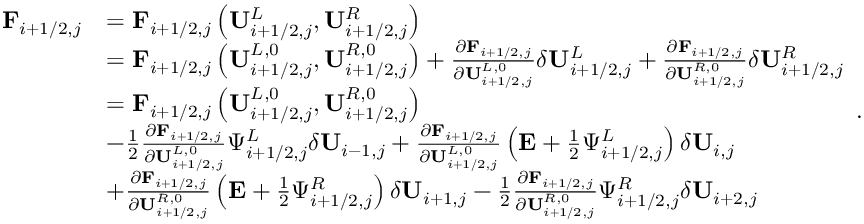
\begin{array} { r l } { \mathbf { F } _ { i + 1 / 2 , j } } & { = \mathbf { F } _ { i + 1 / 2 , j } \left( \mathbf { U } _ { i + 1 / 2 , j } ^ { L } , \mathbf { U } _ { i + 1 / 2 , j } ^ { R } \right) } \\ & { = \mathbf { F } _ { i + 1 / 2 , j } \left( \mathbf { U } _ { i + 1 / 2 , j } ^ { L , 0 } , \mathbf { U } _ { i + 1 / 2 , j } ^ { R , 0 } \right) + \frac { \partial \mathbf { F } _ { i + 1 / 2 , j } } { \partial \mathbf { U } _ { i + 1 / 2 , j } ^ { L , 0 } } \delta \mathbf { U } _ { i + 1 / 2 , j } ^ { L } + \frac { \partial \mathbf { F } _ { i + 1 / 2 , j } } { \partial \mathbf { U } _ { i + 1 / 2 , j } ^ { R , 0 } } \delta \mathbf { U } _ { i + 1 / 2 , j } ^ { R } } \\ & { = \mathbf { F } _ { i + 1 / 2 , j } \left( \mathbf { U } _ { i + 1 / 2 , j } ^ { L , 0 } , \mathbf { U } _ { i + 1 / 2 , j } ^ { R , 0 } \right) } \\ & { - \frac { 1 } { 2 } \frac { \partial \mathbf { F } _ { i + 1 / 2 , j } } { \partial \mathbf { U } _ { i + 1 / 2 , j } ^ { L , 0 } } \Psi _ { i + 1 / 2 , j } ^ { L } \delta \mathbf { U } _ { i - 1 , j } + \frac { \partial \mathbf { F } _ { i + 1 / 2 , j } } { \partial \mathbf { U } _ { i + 1 / 2 , j } ^ { L , 0 } } \left( \mathbf { E } + \frac { 1 } { 2 } \Psi _ { i + 1 / 2 , j } ^ { L } \right) \delta \mathbf { U } _ { i , j } } \\ & { + \frac { \partial \mathbf { F } _ { i + 1 / 2 , j } } { \partial \mathbf { U } _ { i + 1 / 2 , j } ^ { R , 0 } } \left( \mathbf { E } + \frac { 1 } { 2 } \Psi _ { i + 1 / 2 , j } ^ { R } \right) \delta \mathbf { U } _ { i + 1 , j } - \frac { 1 } { 2 } \frac { \partial \mathbf { F } _ { i + 1 / 2 , j } } { \partial \mathbf { U } _ { i + 1 / 2 , j } ^ { R , 0 } } \Psi _ { i + 1 / 2 , j } ^ { R } \delta \mathbf { U } _ { i + 2 , j } } \end{array} .